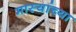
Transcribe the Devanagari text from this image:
मास्यांच्या